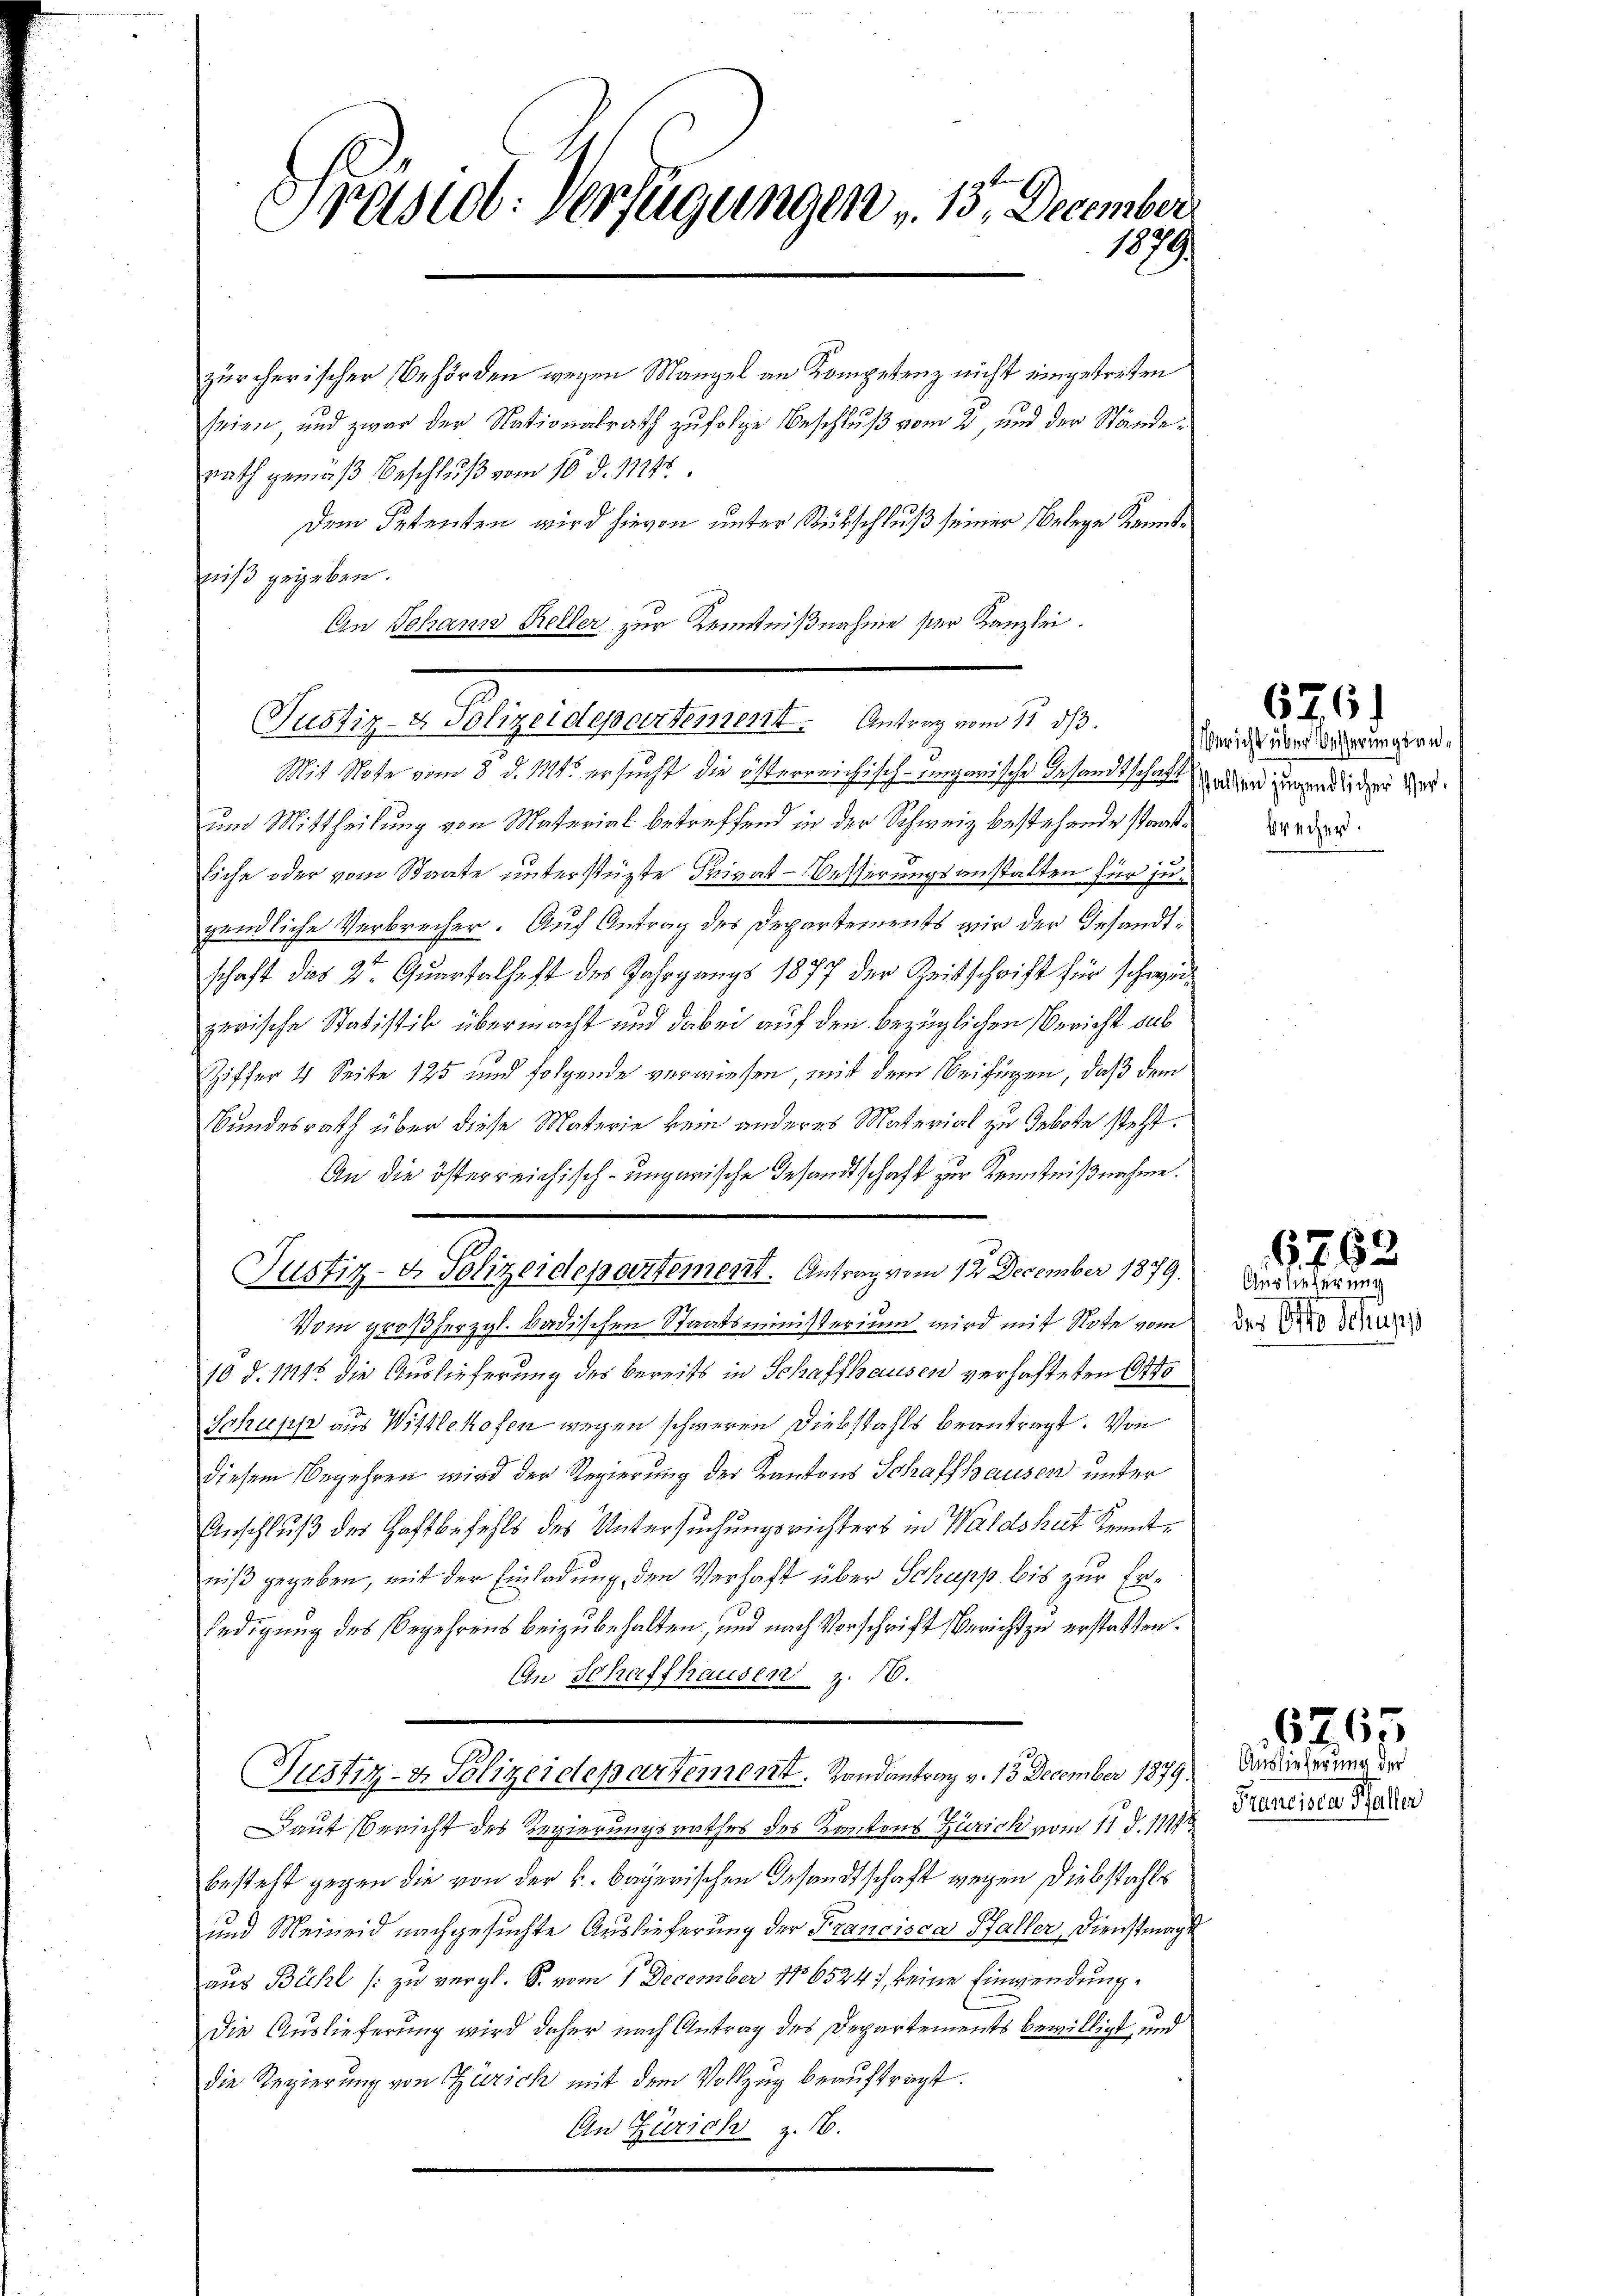
Präsid. Verfügungen " 15. December
1879

zürcherischer Behörden wegen Mangel an Kompetenz nicht eingetreten
seien, und zwar der Nationalrath zufolge Beschluß vom 2. und der Stände
rath gemäß Beschluß vom 10. d. 17148.
Dem Petenten wird hievon unter Rückschluß seiner Belege Kenntniß gegeben.
An Johann Keller zur Kenntnißnahme ser Kanzlei.
Justiz- & Polizeidepartement. Antrag vom 12. ds.
Mit Note vom 8. d. Mts. ersucht die österreichisch-eingarische Gesandtschaft gedien zugendlichen Zeium Mittheilung von Material betreffend in der Schweiz bestehende staate der d
liche oder vom Staate unterstüzte Privat-Besserungsanstalten für jegendliche Verbrecher. Auf Antrag des Departements wir der Gesandtschaft das 2te Quartalheft des Jahrgangs 1877 der Zeitschrift für schwerzerische Statistik übermacht und dabei auf den bezüglichen Bericht sub
Ziffer 4 Seite 125 und folgende verwiesen, mit dem beifügen, daß dem
Bundesrath über diese Materie kein anderes Material zu Gebote steht.
An die österreichisch-ungarische Gesandtschaft zur Kenntnißnahme.
Justiz- & Polizeidepartement. Antrag vom 12. December 1879.
Vom großherzgl. badischen Staatsministerium wird mit Note vom
10 d. 11145 die Auslieferung des bereits in Schaffhausen verhafteten Otto
Schupp aus Wittlekofen wegen schweren Diebstahls beantragt. Von
diesem Begehren wird der Regierung der Kantons Schaffhausen unter
Anschluß des Haftbefehls des Untersuchungsrichters in Waldshut Kenntniß gegeben, mit der Einladung, den Verhaft über Schupp bis zur Erledigung des Begehrens beizubehalten, und nach Vorschrift Bericht zu erstatten.
An Schaffhausen z. 16.
Justiz- & Polizeidepartement. Landantrag v. 13. December 1879
Daut Bericht des Regierungsrathes des Kantons Zürich vom 11. d. 111
besteht gegen die von der k. bayerischen Gesandtschaft wegen Diebstahls
und Meineid nachgesuchte Auslieferung der Francisca Haller, Dienstmag
aus Bühl (: zu vergl. S. vom 1. December 1865247, keine Einwendung.
Die Auslieferung wird daher nach Antrag des Departements bewilligt und
die Regierŭng von Zürich mit dem Vollzug beaŭftragt.
An Zürich z. 16.

676.

Bericht über besserungsan¬

Auslieferung
der Otto Schuss

6762

Auslieferung der
Francisca Baller

6265